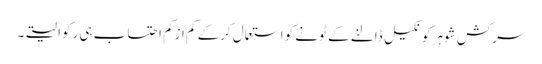
سرکش شوہر کو نکیل ڈالنے کے ٹونے کو استعمال کرکے کم ازکم احتساب ہی رکوا لیتے۔